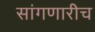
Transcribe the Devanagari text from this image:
सांगणारीच